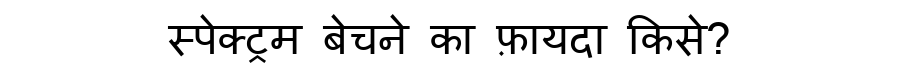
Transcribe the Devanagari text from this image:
स्पेक्ट्रम बेचने का फ़ायदा किसे?